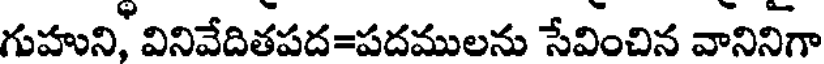
గుహుని, వినివేదితపద=పదములను సేవించిన వానినిగా